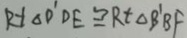
R t \Delta D ^ { \prime } D E \cong R t \Delta B ^ { \prime } B F